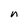
Character: n